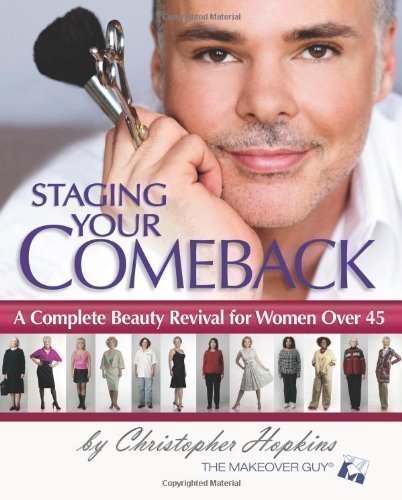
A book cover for Staging Your Comeback: A Complete Beauty Revival for Women Over 45 by Christopher Hopkins (2008); Health, Fitness & Dieting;